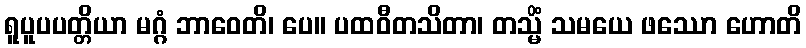
ရူပူပပတ္တိယာ မဂ္ဂံ ဘာဝေတိ၊ ပေ။ ပထဝီတသိတာ၊ တသ္မိံ သမယေ ဖဿော ဟောတိ